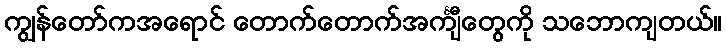
ကျွန်တော်ကအရောင် တောက်တောက်အင်္ကျီတွေကို သဘောကျတယ်။